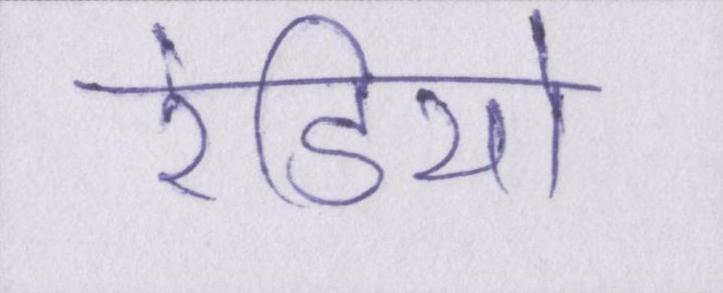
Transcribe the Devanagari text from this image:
रेडियो